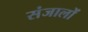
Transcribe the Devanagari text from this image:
संजालों